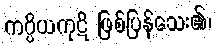
ကပ္ပိယကုဋိ ဖြစ်ပြန်သေး၏၊